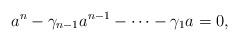
LaTeX: \begin{align*}a^n - \gamma_{n-1} a^{n-1}-\dots - \gamma_{1} a = 0,\end{align*}